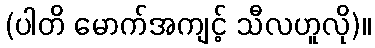
(ပါတိ မောက်အကျင့် သီလဟူလို)။